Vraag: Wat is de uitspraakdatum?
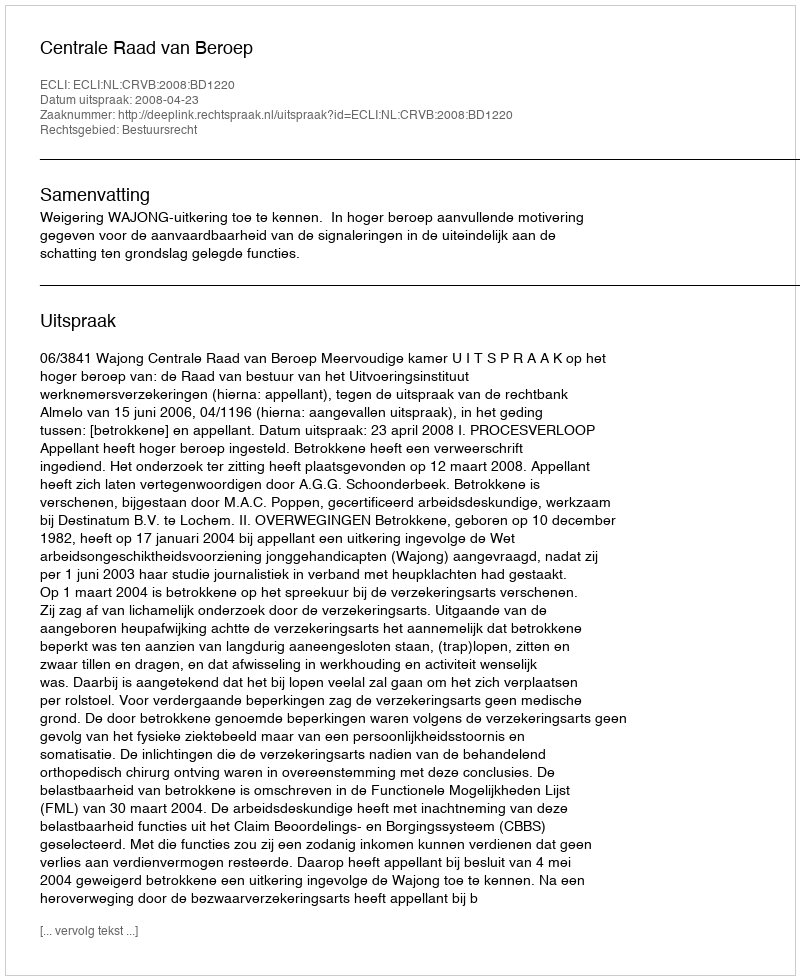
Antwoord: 2008-04-23